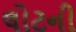
લોટની